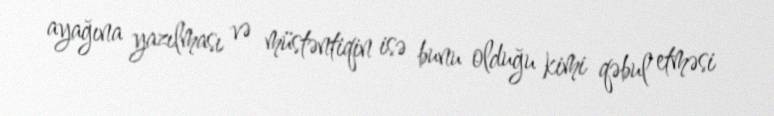
ayağına yazılması və müstəntiqin isə bunu olduğu kimi qəbul etməsi